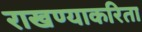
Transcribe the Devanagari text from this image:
राखण्याकरिता